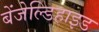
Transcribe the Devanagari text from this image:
बेंजेल्डिहाइड